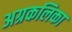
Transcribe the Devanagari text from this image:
अग्रकलिका